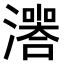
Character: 𤀅